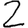
Digit: 2